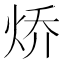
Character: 𮳧